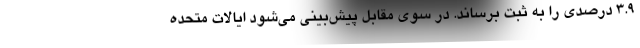
۳.۹ درصدی را به ثبت برساند. در سوی مقابل پیش‌بینی می‌شود ایالات متحده